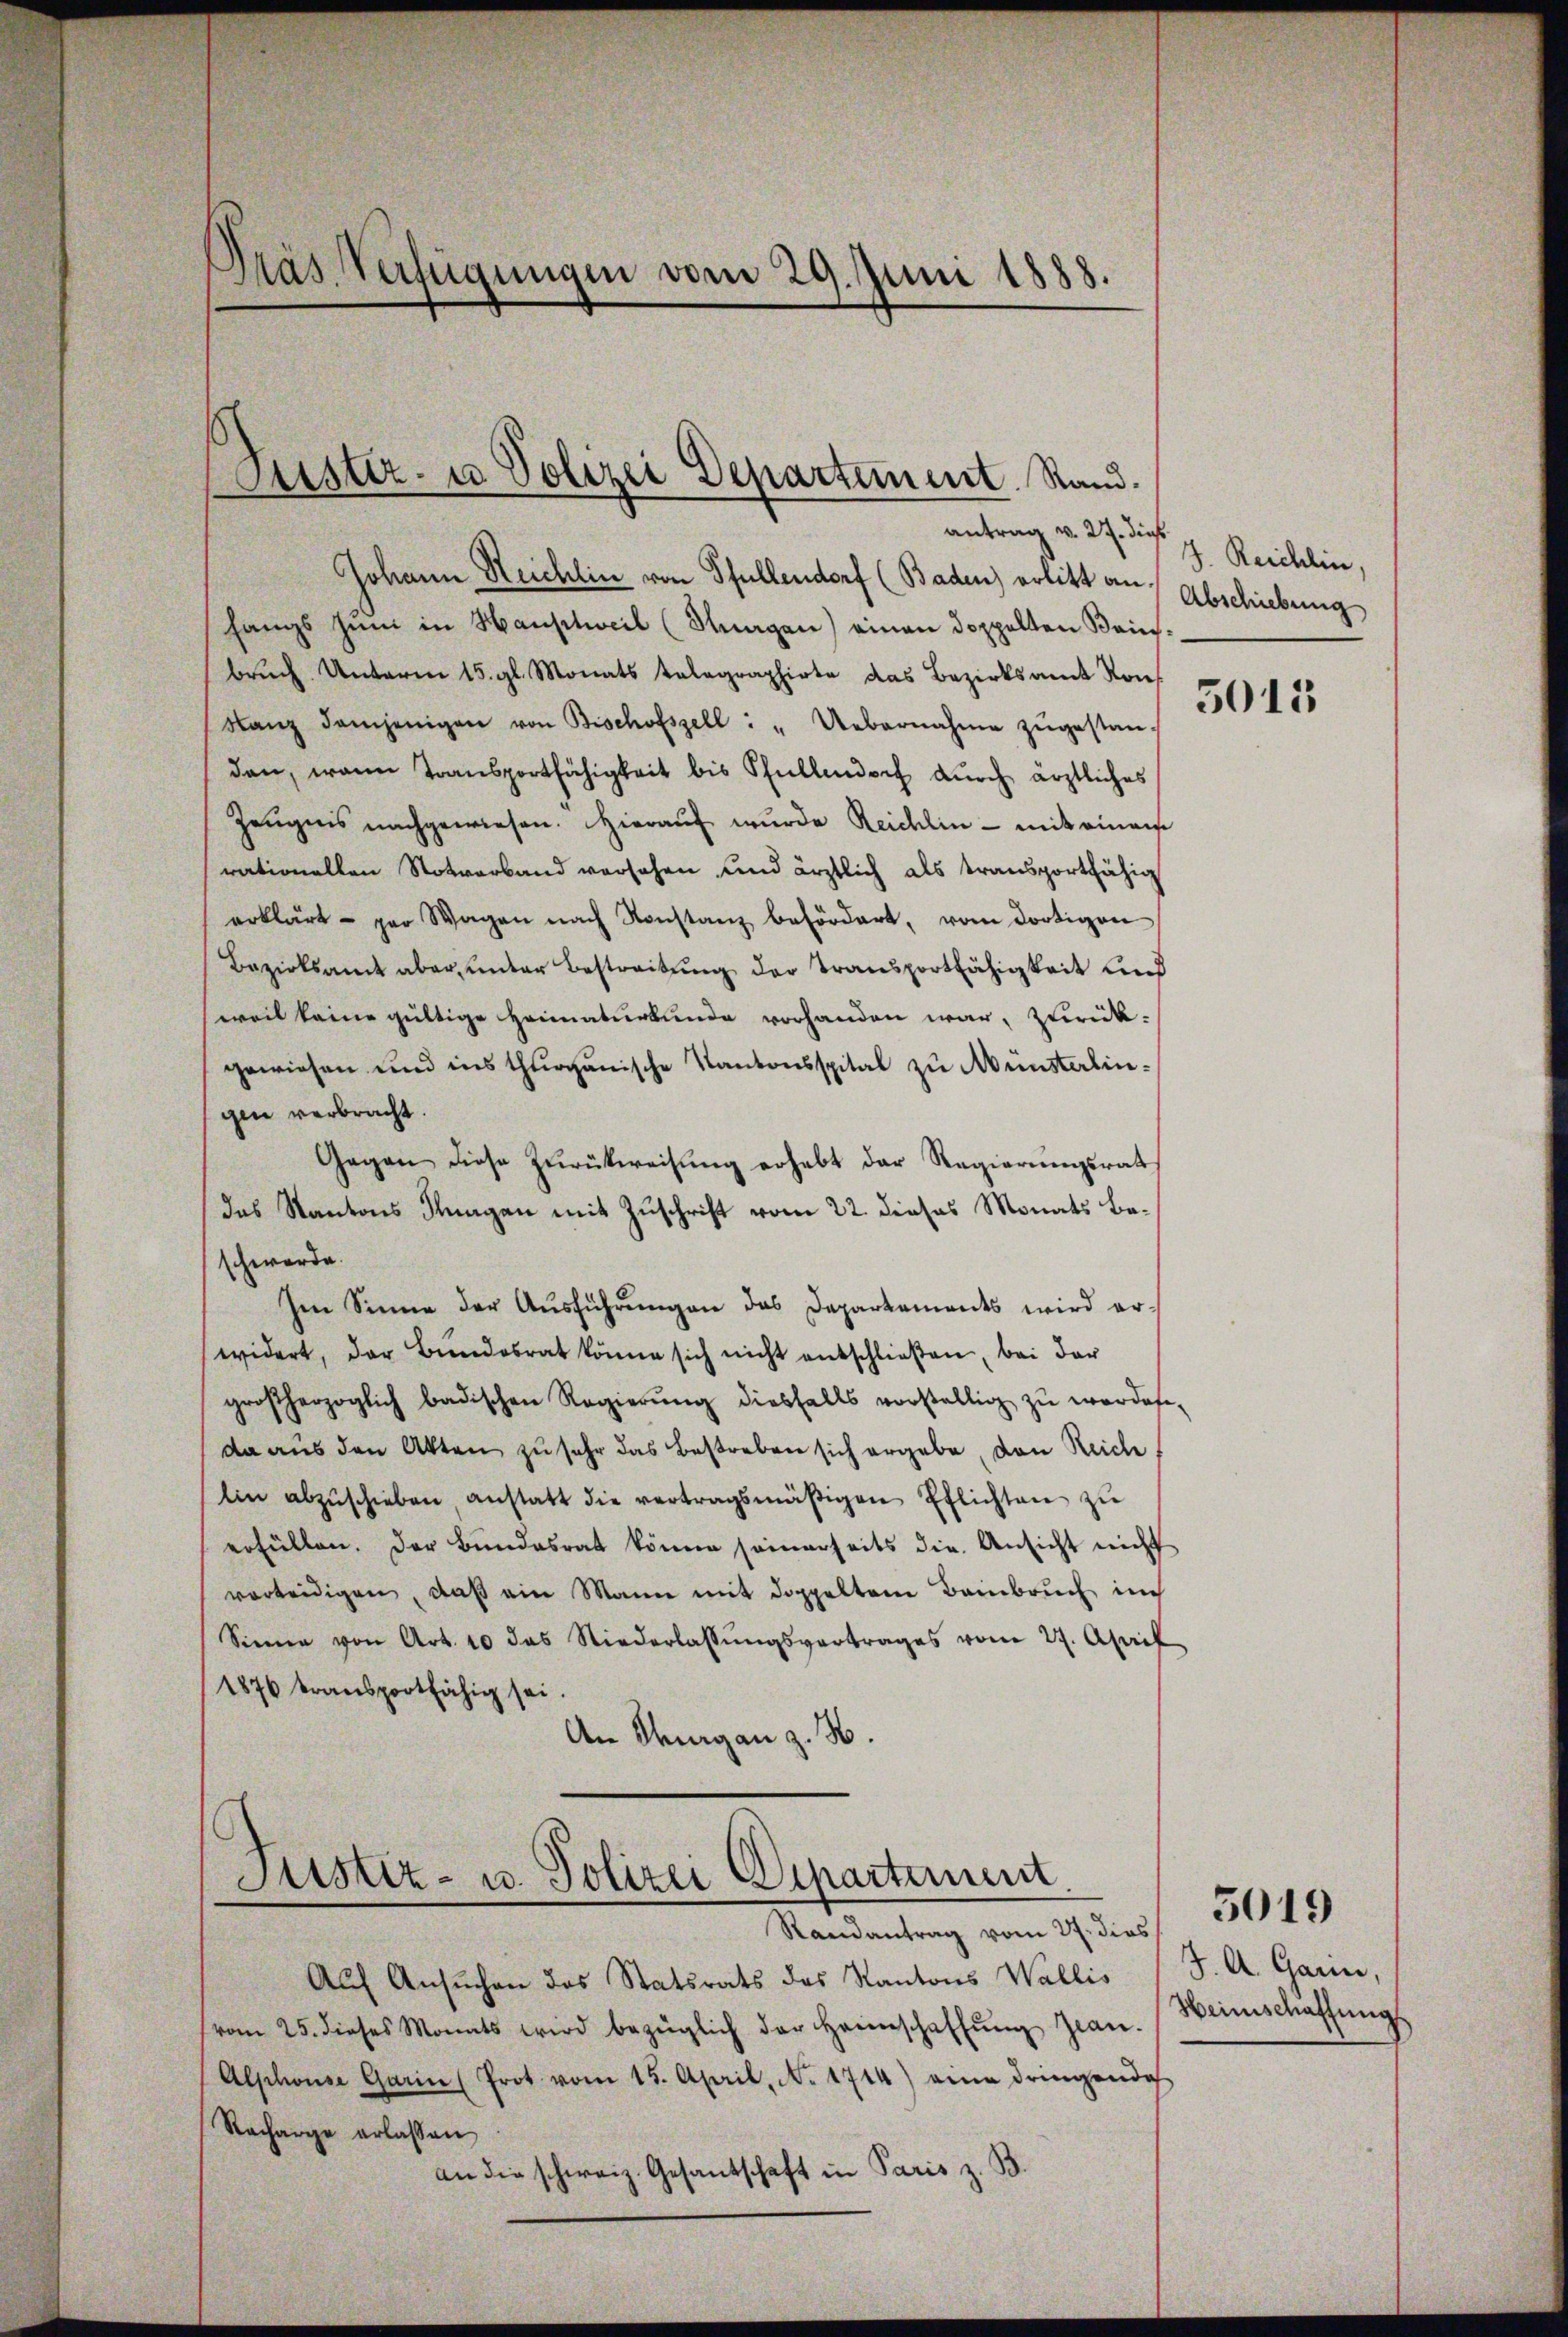
Präs. Verfügungen vom 29. Juni 1888.

Puster- u Polizei Departement. Stand.

antrag v. 27. dieß
Johann Reichlin von Pfullendorf (Baden) erlitt an.
hangs Juni in Hauptweil (Huagen) einen doppelten Beinsbrŭch Unterm 15. gl. Monats telegraphirte das Bezirksamt Konf
Lanz demjenigen von Bischofszell: "Uebernahme zŭgestan-
dan, wann Transportfähigkeit bis Pfullendorf durch ärztliches
Zeŭgnis nachgewiesen. Hieraŭf wurde Reidlin - mit einaus
rationellen Noterband versehen und ärztlich als transportfähig
erklärt par Wagen nach Konstanz befördert, vom dortigen
Bezirksamt aber ŭnter Bestreitŭng der Transportfähigkeit und
(weil keine gültige Heimaturkunde vorhanden war, zurück-
gewiesen und ins thurganische Kantonsspital zu Münsterlingen verbracht.
Gegen diese Zŭrückweisŭng erhebt der Regierŭngsrat
das Kantons Knagen mit Zuschrift vom 22. dieses Monats Beschwerde.
Im Sinne der Aŭsführungen das Departements wird erwidert, der Bŭndesrat könne sich nicht entschließen, bei der
großherzoglich badischen Regierŭng diesfalls vorstellig zu wordes
da aus den Akten zu sehr das Bestreben sich ergabe, von Reiche
lin abzŭschieben anstatt die vertragsmäßigen Ehlichten zŭ
erfüllen. Der Bŭndesrat könne seinerseits die Ansicht nicht
verteidigen, daß ein Mann mit doppelten Bainbruch auch
Sinne von Art. 10 das Niederlassŭngsvertrages vom 27. April
1876 transportfähig sei.
An Thurgan z. B.

Justiz- u. Polizei Departement.

Randantrag vom 27. dies
Aŭf Ansŭchen das Statsrats des Kantons Wallis (J. A. Garn,
(vom 25. dieses Monats wird bezüglich der Heimschaffŭng Jean-
Alschose Garin (Prot vom 15. April, N. 1714) eine dringende
Racharge erlassen
an die schweiz. Gesandschaft in Paris z. B.

J. Reichlin,
Abschiebung

5013

Heinschaffung

5019